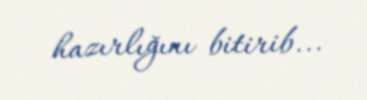
hazırlığını bitirib...